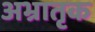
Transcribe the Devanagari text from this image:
अभ्रातृक